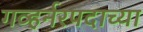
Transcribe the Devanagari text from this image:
गव्हर्नरपदाच्या